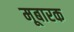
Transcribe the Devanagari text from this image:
मूबारक